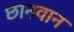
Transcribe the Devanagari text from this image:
छानवान